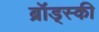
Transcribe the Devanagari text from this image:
ब्रॉड्स्की